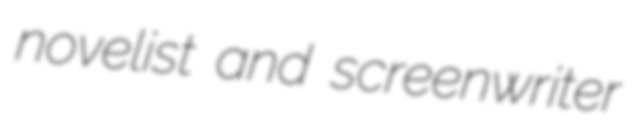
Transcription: novelist and screenwriter